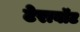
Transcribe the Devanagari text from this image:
टेरावॉट